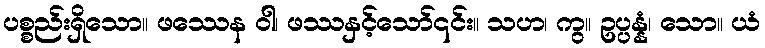
ပစ္စည်းရှိသော။ ဖဿေန ဝါ၊ ဖဿနှင့်သော်၎င်း။ သဟ၊ ကွ။ ဥပ္ပန္နံ၊ သော။ ယံ